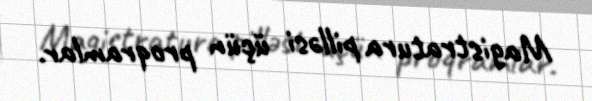
Magistratura pilləsi üçün proqramlar.